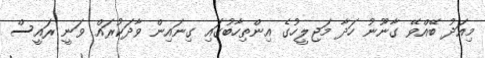
މިއަދު ބޭއްވޭ ގާނޫނު ހަދާ މަޖިލީހުގެ އިންތިހާބުގައި ގިނައިން ވާދަކުރައް ވަނީ ރައީސް